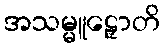
အသမ္မူဠှောတိ